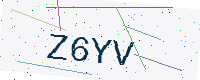
Text: Z6YV